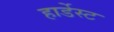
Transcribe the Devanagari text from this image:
हार्डेस्ट